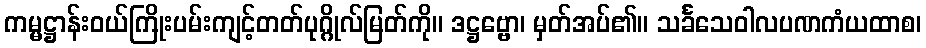
ကမ္မဋ္ဌာန်းဝယ်ကြိုးပမ်းကျင့်တတ်ပုဂ္ဂိုလ်မြတ်ကို။ ဒဋ္ဌဗ္ဗော၊ မှတ်အပ်၏။ သင်္ခသေဝါလပဏကံယထာစ၊